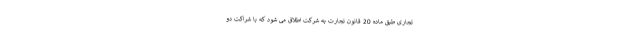
تجاری طبق ماده 20 قانون تجارت به شرکت اطلاق می شود که با شراکت دو